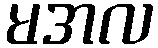
မအလ